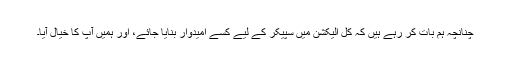
چنانچہ ہم بات کر رہے ہیں کہ کل الیکشن میں سپیکر کے لیے کسے امیدوار بنایا جائے، اور ہمیں آپ کا خیال آیا۔